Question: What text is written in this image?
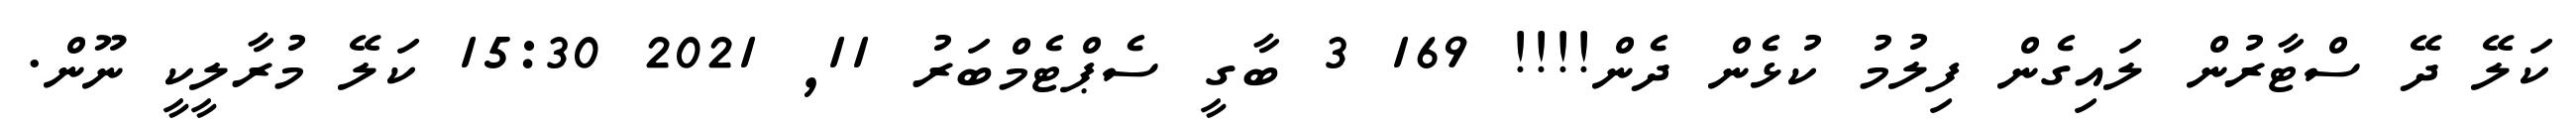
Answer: ކަލޭ ދޭ ސްޓާރުން ލައިގެން ފިލުމު ކުޅެން ދެން!!!! 169 3 ބާގީ ސެޕްޓެމްބަރު 11, 2021 15:30 ކަލޭ މުރާލީކީ ނޫން.